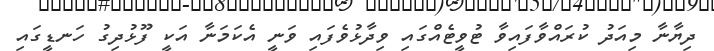
ދިޔާނާ މިއަދު ކުރައްވާފައިވާ ޓުވީޓެއްގައި ވިދާޅުވެފައި ވަނީ އެކަމަނާ އަކީ ފޫޅުދިގު ހަނޑީގައި